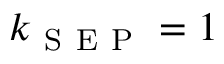
k _ { \mathrm { ~ S ~ E ~ P ~ } } = 1